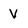
Character: V